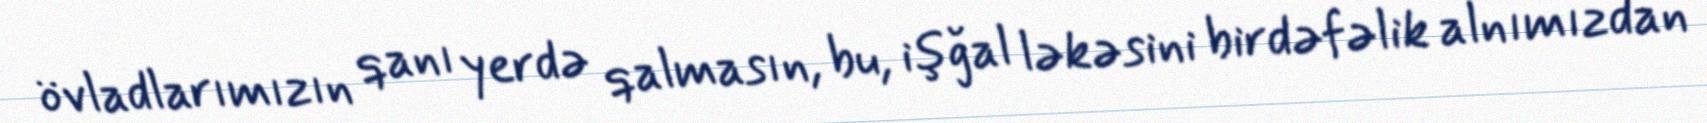
övladlarımızın qanı yerdə qalmasın, bu, işğal ləkəsini birdəfəlik alnımızdan